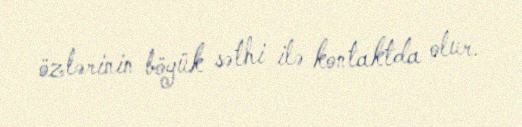
özlərinin böyük səthi ilə kontaktda olur.